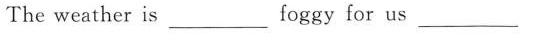
The weatheris ___ foggy for us ___